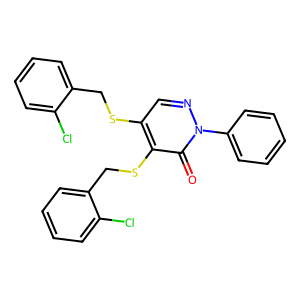
SMILES: O=c1c(SCc2ccccc2Cl)c(SCc2ccccc2Cl)cnn1-c1ccccc1
Inhibits HIV replication: No